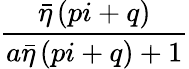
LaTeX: \frac{\bar{\eta}\left(pi+q\right)}{a\bar{\eta}\left(pi+q\right)+1}